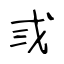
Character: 弎